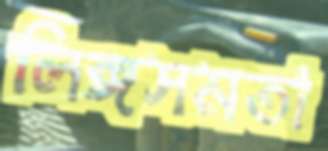
লিঙ্গসমতা